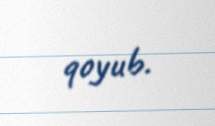
qoyub.